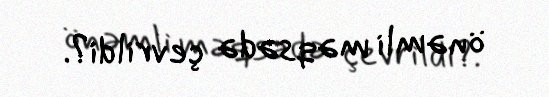
önəmli məqsədə çevrildi?.